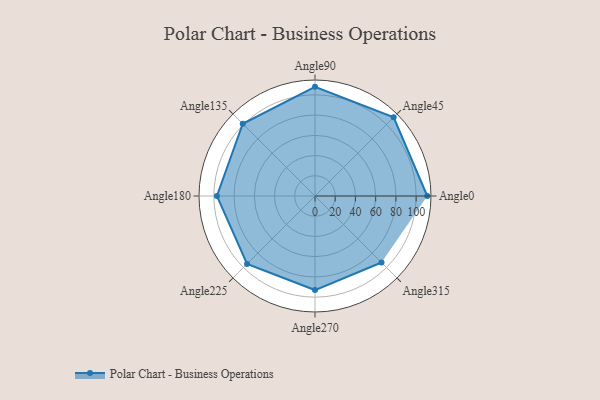
{"axis": {"x": "Angle", "y": "Radius"}, "legend": [""], "data": [{"x": "Angle0", "y": 111.0, "type": ""}, {"x": "Angle45", "y": 110.0, "type": ""}, {"x": "Angle90", "y": 108.0, "type": ""}, {"x": "Angle135", "y": 101.0, "type": ""}, {"x": "Angle180", "y": 97.0, "type": ""}, {"x": "Angle225", "y": 95.0, "type": ""}, {"x": "Angle270", "y": 93.0, "type": ""}, {"x": "Angle315", "y": 93.0, "type": ""}]}